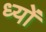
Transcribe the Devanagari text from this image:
ध्यों